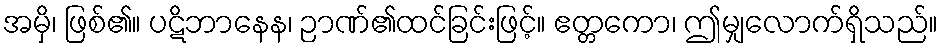
အမှိ၊ ဖြစ်၏။ ပဋိဘာနေန၊ ဉာဏ်၏ထင်ခြင်းဖြင့်။ ဧတ္တကော၊ ဤမျှလောက်ရှိသည်။